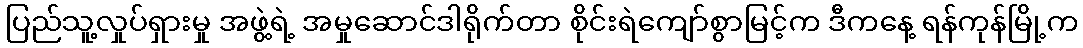
ပြည်သူ့လှုပ်ရှားမှု အဖွဲ့ရဲ့ အမှုဆောင်ဒါရိုက်တာ စိုင်းရဲကျော်စွာမြင့်က ဒီကနေ့ ရန်ကုန်မြို့က